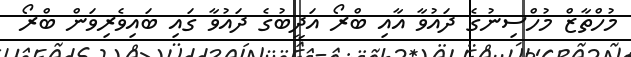
މުހްތާޒް މުހްސިނުގެ ދައުވާ އާއި ބްރޯ އަދީބުގެ ދައުވާ ގައި ބައިވެރިވަން ބްރޯ